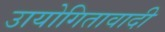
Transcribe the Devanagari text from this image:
उायोगितावादी